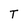
Character: T